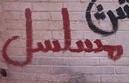
مسلسل